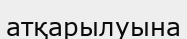
атқарылуына